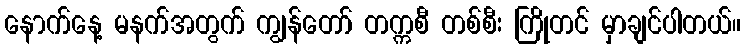
နောက်နေ့ မနက်အတွက် ကျွန်တော် တက္ကစီ တစ်စီး ကြိုတင် မှာချင်ပါတယ်။